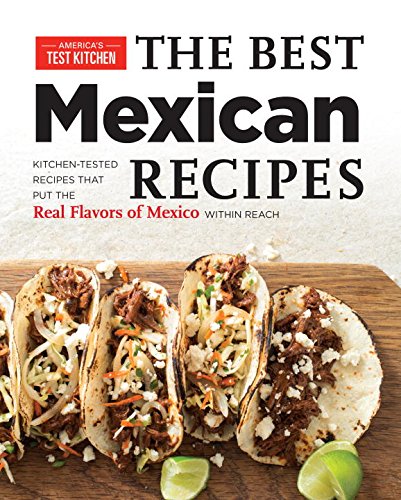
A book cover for Best Mexican Recipes; Cookbooks, Food & Wine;